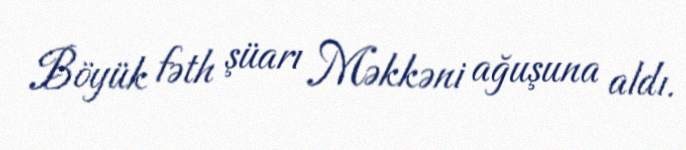
Böyük fəth şüarı Məkkəni ağuşuna aldı.